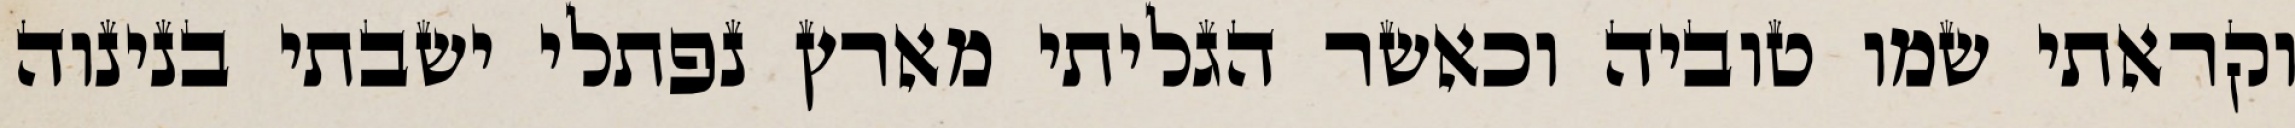
וקראתי שמו טוביה וכאשר הגליתי מארץ נפתלי ישבתי בנינוה